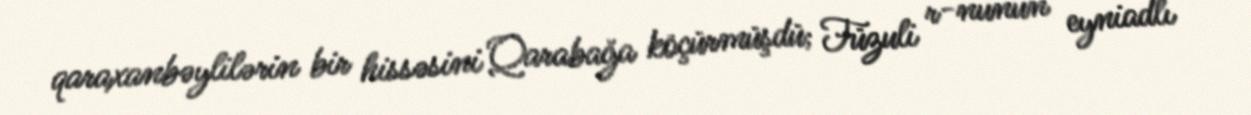
qaraxanbəylilərin bir hissəsini Qarabağa köçürmüşdü; Füzuli r-nunun eyniadlı